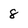
Character: 8